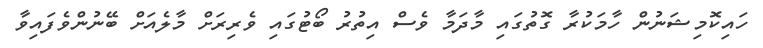
ހައިކޮމިޝަނުން ހާމަކުރާ ގޮތުގައި މާދަމާ ވެސް އިތުރު ބޯޓުގައި ވެރިރަށް މާލެއަށް ބޭނުންވެފައިވާ